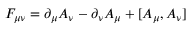
F _ { \mu \nu } = \partial _ { \mu } A _ { \nu } - \partial _ { \nu } A _ { \mu } + [ A _ { \mu } , A _ { \nu } ]